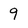
Character: 9